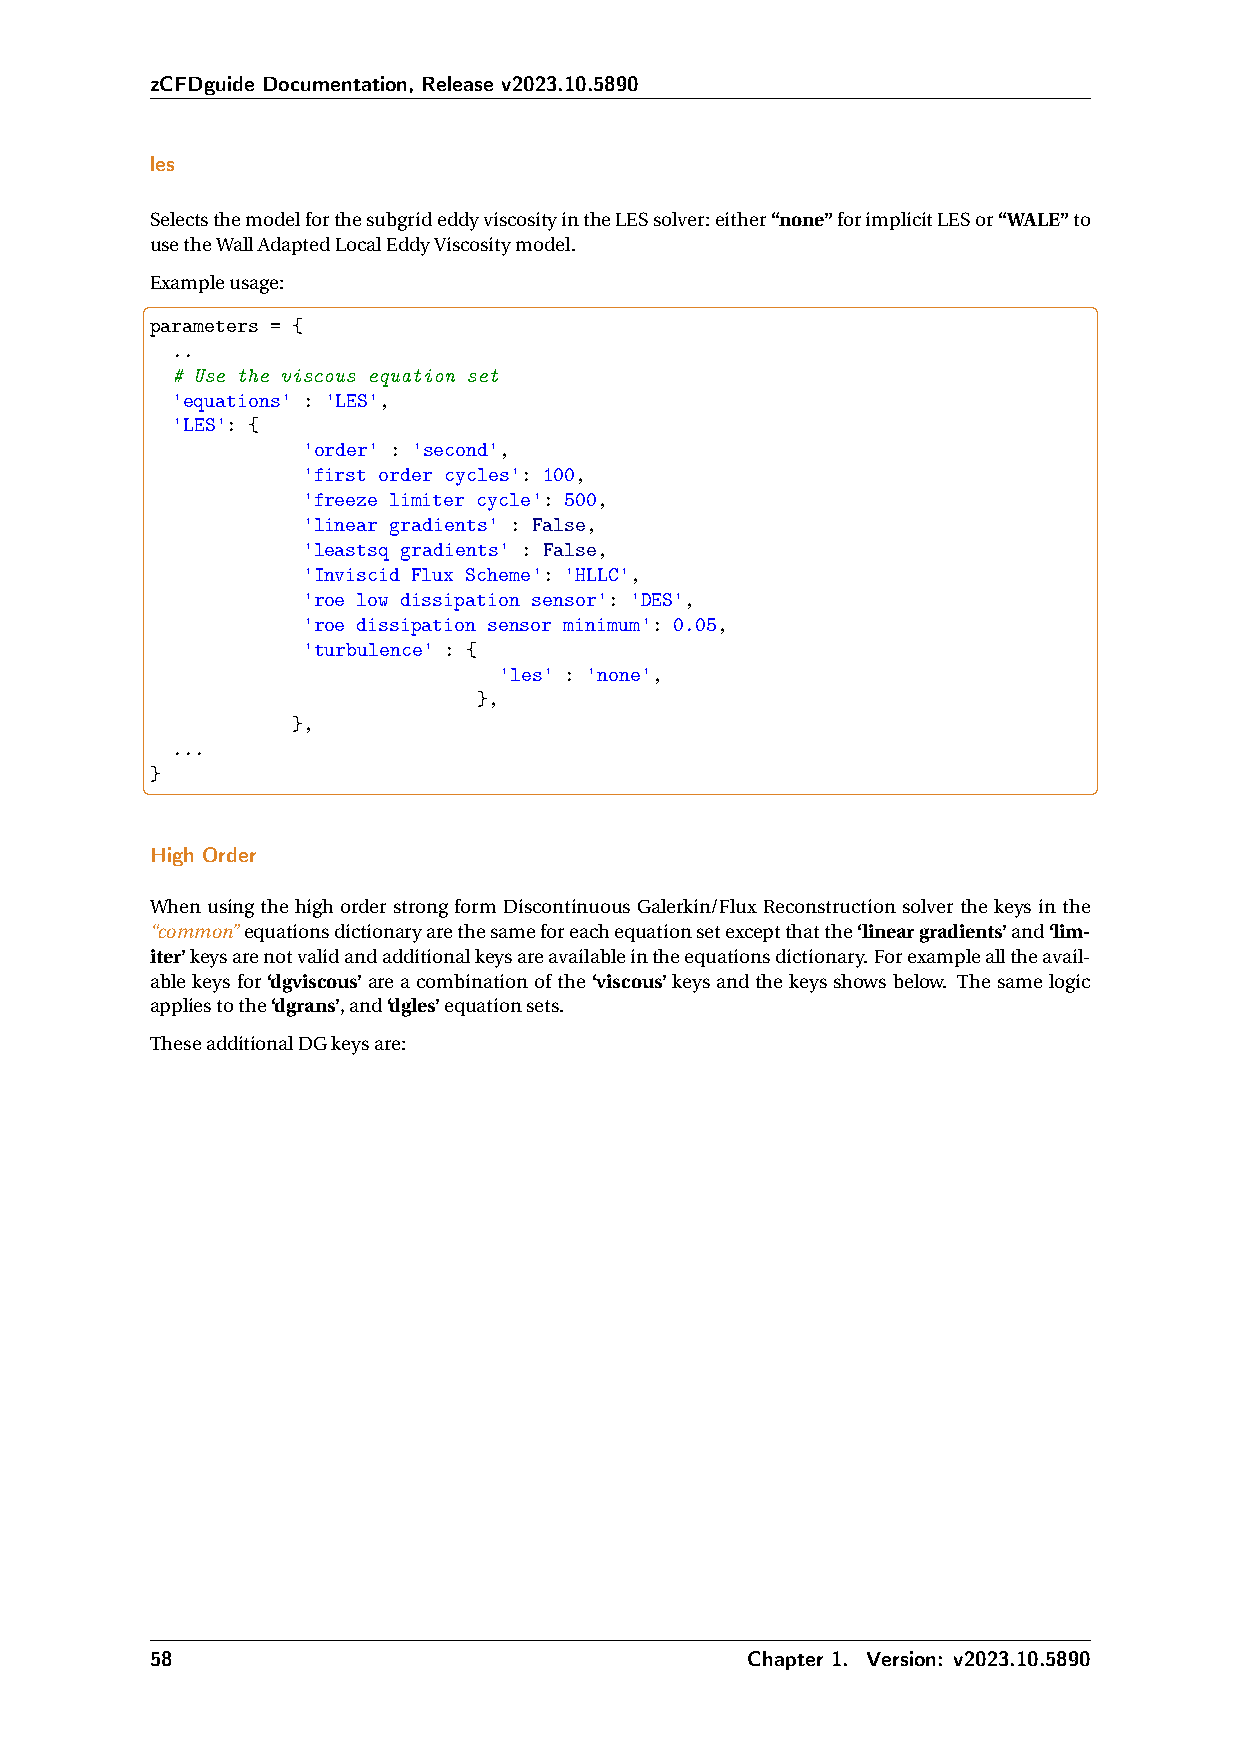
zCFDguide Documentation, Release v2023.10.5890
 les
 SelectsthemodelforthesubgrideddyviscosityintheLESsolver:either“none”forimplicitLESor“WALE”to
 usetheWallAdaptedLocalEddyViscositymodel.
 Exampleusage:
 parameters = {
 ..
 # Use the viscous equation set
 'equations' : 'LES',
 'LES': {
 'order' : 'second',
 'first order cycles': 100,
 'freeze limiter cycle': 500,
 'linear gradients' : False,
 'leastsq gradients' : False,
 'Inviscid Flux Scheme': 'HLLC',
 'roe low dissipation sensor': 'DES',
 'roe dissipation sensor minimum': 0.05,
 'turbulence' : {
 'les' : 'none',
 },
 },
 ...
 }
 High Order
 When using the high order strong form Discontinuous Galerkin/Flux Reconstruction solver the keys in the
 “common”equationsdictionaryarethesameforeachequationsetexceptthatthe‘lineargradients’and‘lim-
 iter’keysarenotvalidandadditionalkeysareavailableintheequationsdictionary.Forexamplealltheavail-
 ablekeysfor‘dgviscous’areacombinationofthe‘viscous’keysandthekeysshowsbelow. Thesamelogic
 appliestothe‘dgrans’,and‘dgles’equationsets.
 TheseadditionalDGkeysare:
 58                                      Chapter 1. Version: v2023.10.5890